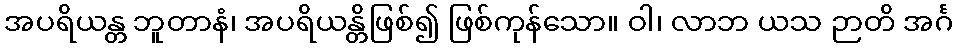
အပရိယန္တ ဘူတာနံ၊ အပရိယန္တိဖြစ်၍ ဖြစ်ကုန်သော။ ဝါ၊ လာဘ ယသ ဉာတိ အင်္ဂ